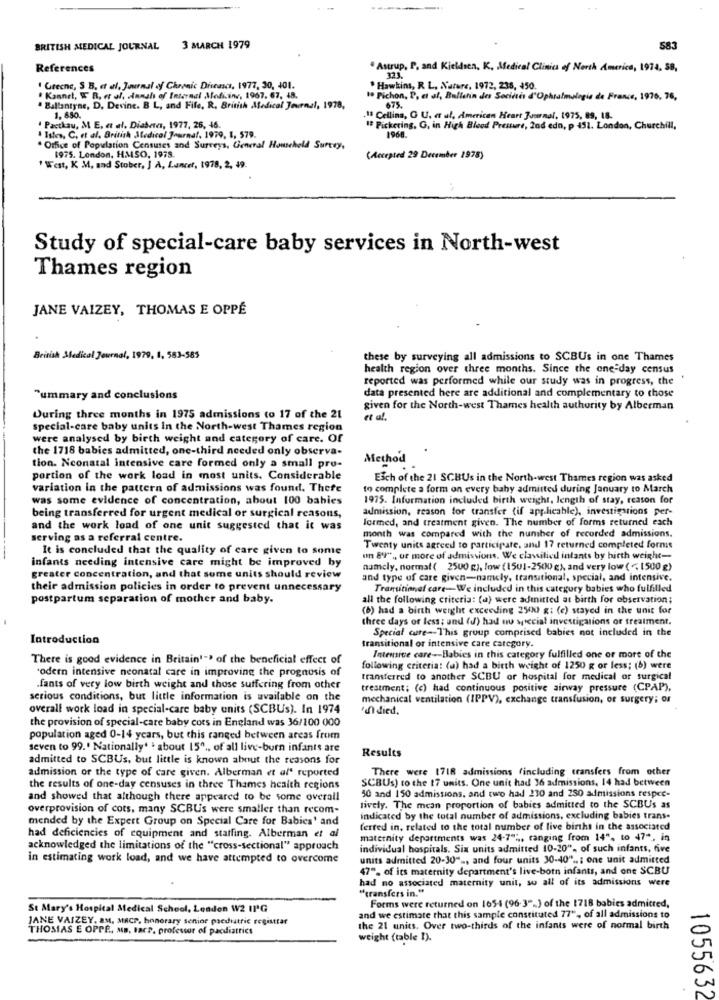
BRITISH MEDICAL JOURNAL 3 MARCH 1979
583
References
. Astrup, P, and Kjeldsen, K, Medical Clinics of North America, 1974, 58,
1 Grecne, S B. et al, Journal of Chronic Diseases, 1977, 30, 401.
" Hawkins, R L, Narare, 1972, 238, 450.
# Kannel, W R, er al. innals of Internal Medicine, 1967. 67, 48.
1. Pichon, P. et af, Bulletin des Socides d'Ophtal
675.
gis de France, 1976, 76,
Ballantyne, D. Devine. B L, and File, R. British Medical Journal, 1978,
1, 850.
18 Cellina, O U. e ul, American Heart Journal, 1975, 89, 18.
1 Pactkau, M. E. et al. Diabetes, 1977, 26, 46.
# Pickering, G, in High Blood Pressure, 2nd edn, p 451. London, Churchill,
. Istes, C, et al. British Medical Journal, 1979, 1, 579.
1960.
. Office of Population Censuses and Surveys, General Household Survey,
1975. London, HMSO, 1978.
(Accepted 29 December 1978)
" West, K M, sad Stober, ] A, Lancer, 1978, 2, 49.
Study of special-care baby services in North-west
Thames region
JANE VAIZEY, THOMAS E OPPÉ
British Medical Journal, 1979, 1, 583-585
these by surveying all admissions to SCBUs in one Thames
health region over three months. Since the one-day census
reported was performed while our study was in progress, the
"ummary and conclusions
data presented here are additional and complementary to those
given for the North-west Thames health authority by Alberman
During three months in 1975 admissions to 17 of the 21
et al.
Special-care baby units In the North-west Thames region
were analysed by birth weight and category of care. Of
the 1718 babies admitted, one-third needed only observa-
Method
tion. Neonatal intensive care formed only a small pro-
portion of the work load in most units. Considerable
Each of the 21 SCBUs in the North-west Thames region was asked
variation in the pattern of admissions was found. There
to complete a form on every baby admitted during January to March
was some evidence of concentration, about 100 babies
1975. Information included birth weight, length of stay, reason for
admission, reason for transfer (if applicable), investigations per-
being transferred for urgent medical or surgical reasons,
formed, and treatment given. The number of forms returned each
and the work load of one unit suggested that it was
serving as a referral centre.
month was compared with the number of recorded admissions.
It is concluded that the quality of care given to some
Twenty units agreed to participate, and 17 returned completed formis
infants needing intensive care might be improved by
un 8'I" ,, or more of admissions. We classified intants by birth weight-
namely, normal ( 2500 g), low (1501-2500 c), and very low ( < 1500 g)
greater concentration, and that some units should review
and type of care given-namely, transitional, special, and intensive.
their admission policies in order to prevent unnecessary
Transitional care-We included in this category babies who fulfilled
postpartum separation of mother and baby.
all the following criteria: (a) were admitted at birth for observation;
(6) had a birth weight exceeding 254) g: (c) stayed in the unit for
three days or less ; und (d) had no special investigations of treatment.
Special cure-This group comprised babies not included in the
Introduction
transitional or intensive care carcgory.
There is good evidence in Britain'-> of the beneficial effect of
Intensive care-Babies in this category fulfilled one or more of the
'odern intensive neonatal care in improving the prognosis of
following criteria: (a) had a birth weight of 1250 g or less; (b) were
transferred to another SCBU or hospital for medical or surgical
fants of very low birth weight and those suffering from other
treatment; (c) had continuous positive airway pressure (CPAP),
serious conditions, but little information is available on the
mechanical ventilation (IPPV), exchange transfusion, of surgery; or
overall work load in special-care baby units (SCBUs). In 1974
en died.
the provision of special-care baby cors in England was 36/100 000
population aged 0-14 years, but this ranged between areas from
seven to 99.' Nationally' ' about 15" ., of all live-burn infants are
Results
admitted to SCBUs, but little is known about the reasons for
admission of the type of care given. Alberman et al' reported
There were 1718 admissions (including transfers from other
SCBUs) to the 17 units. One unit had 36 admissions, 14 had between
the results of one-day censuses in three Thames health regions
50 and 150 admissions, and two had 230 and 250 admissions respec-
and showed that although there appeared to be some overall
overprovision of cots, many SCBUs were smaller than recom-
tively. The mean proportion of babies admitted to the SCBUs as
mended by the Expert Group on Special Care for Babies' and
indicated by the total number of admissions, excluding babies trans-
ferred in, related to the total number of live births in the associated
had deficiencies of equipment and staffing. Alberman et al
maternity departments was 24-7" ;,, ranging from 14", to 47", in
acknowledged the limitations of the "cross-sectional" approach
individual hospitals. Six units admitted 10-20", of such infants, five
in estimating work load, and we have attempted to overcome
units admitted 20-30">, and four units 30-40" ..: one unit admitted
47", of its maternity department's live-born infants, and one SCBU
had no associated maternity unit, so all of its admissions were
"transfers in."
Forms were returned on 165-4 (96-3".) of the 1718 babies admitred,
St Mary's Hospital Medical School, Leaden W2 ING
JANE VAIZEY, AM. MACP, honorary senior paediatric registrar
and we estimate that this sample constituted 77", of all admissions to
THOMAS E OPPE, MB, taCP, professor of paediatrics
the 21 units. Over two-thirds of the infants were of normal birth
weight (table I).
1055632